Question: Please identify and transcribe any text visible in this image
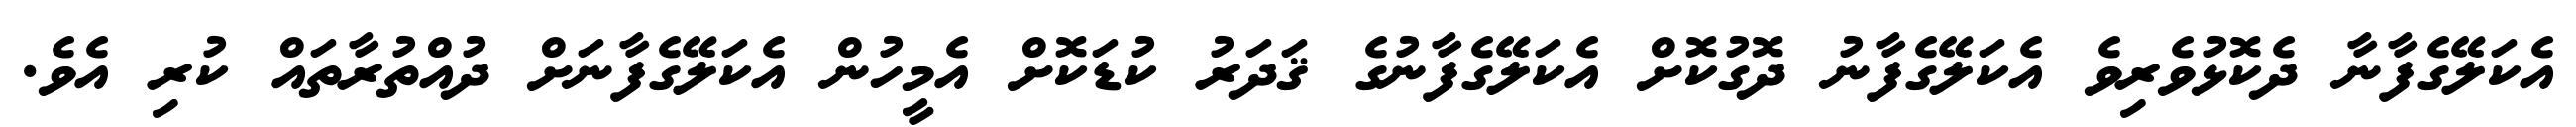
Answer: އެކަލޭގެފާނާ ދެކޮޅުވެރިވެ އެކަލޭގެފާނު ދޮގުކޮށް އެކަލޭގެފާނުގެ ޤަދަރު ކުޑަކޮށް އެމީހުން އެކަލޭގެފާނަށް ދުއްތުރާތައް ކުރި އެވެ.